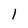
Character: 1